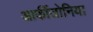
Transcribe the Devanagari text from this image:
आर्कीजोनिया